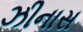
ઝીનાસ